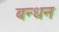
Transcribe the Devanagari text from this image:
बन्‍धन